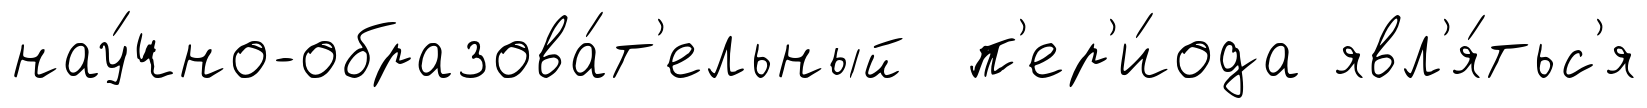
нау́чно-образова́т'ельный п'ер'и́ода явл'я́тьс'я